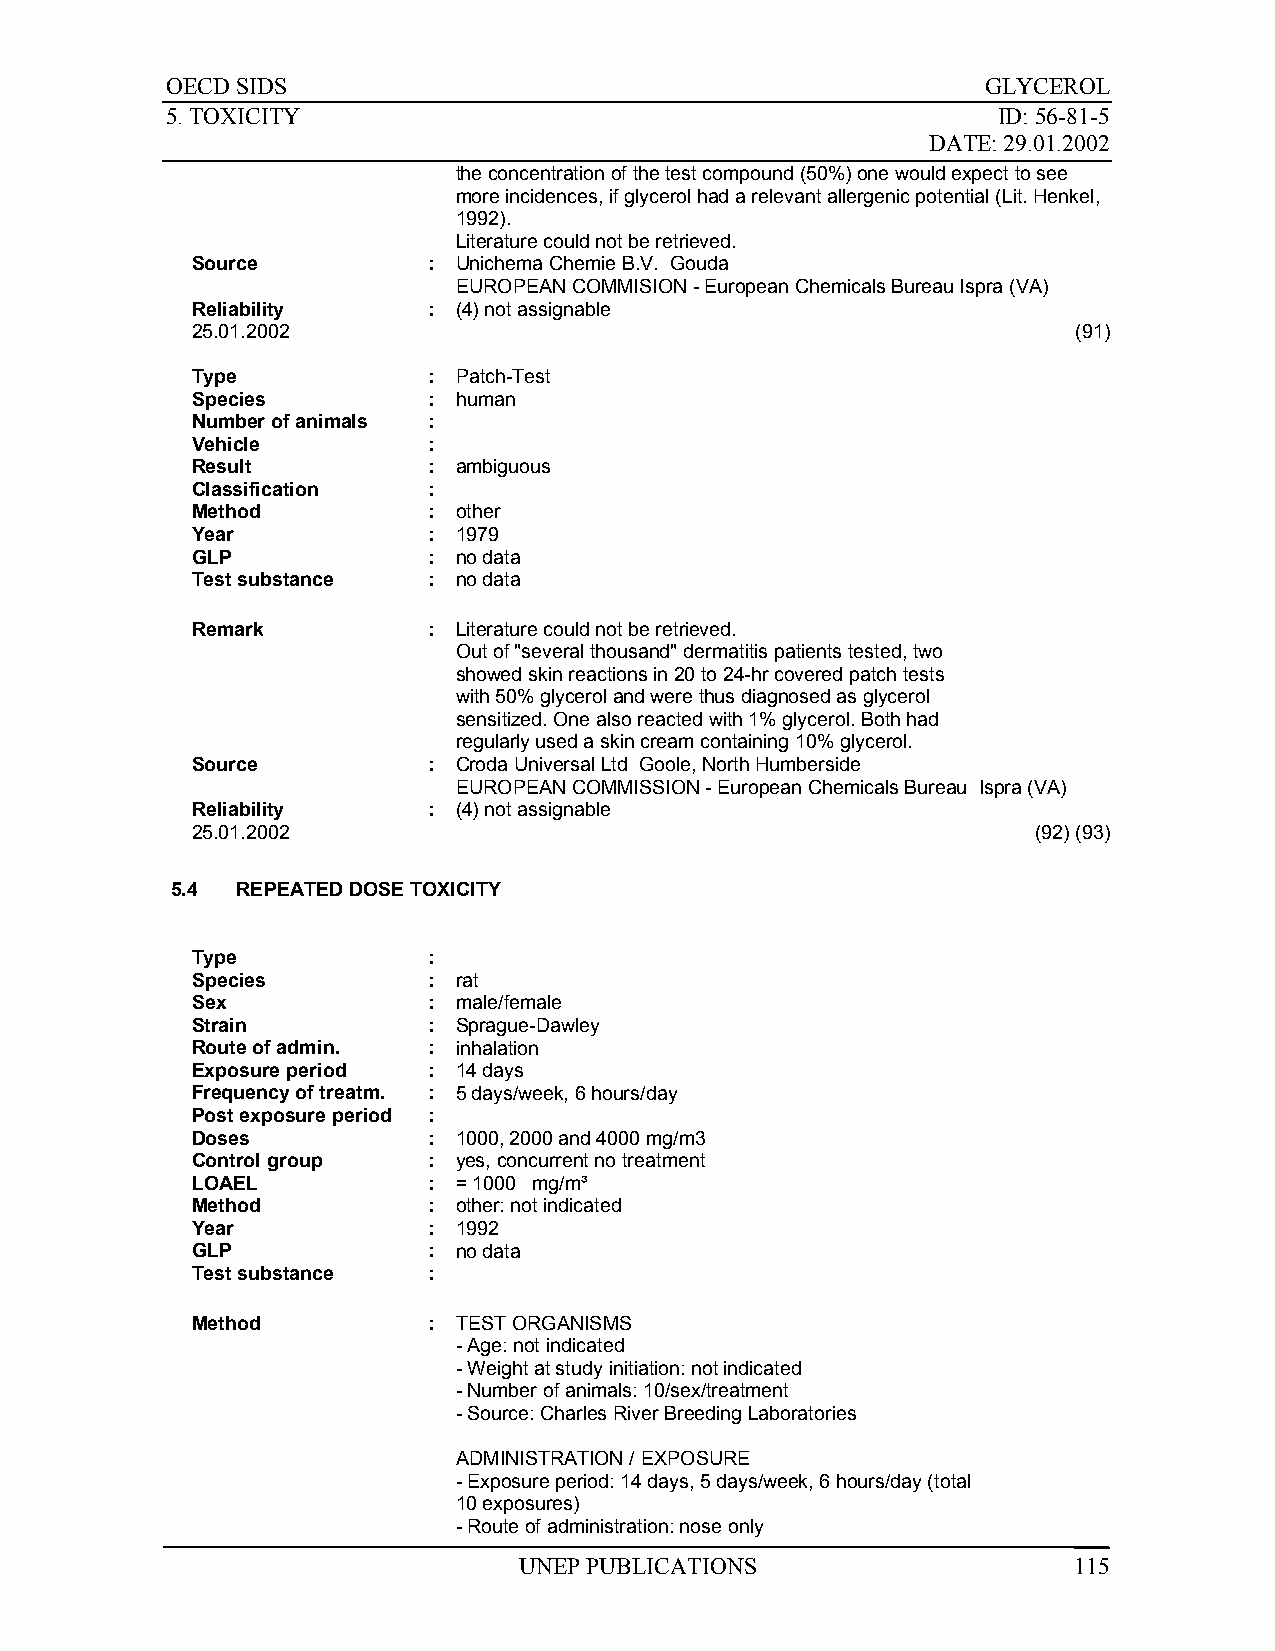
OECD SIDS                                             GLYCEROL
 5. TOXICITY                                            ID: 56-81-5
 DATE: 29.01.2002
 the concentration of the test compound (50%) one would expect to see
 more incidences, if glycerol had a relevant allergenic potential (Lit. Henkel,
 1992).
 Literature could not be retrieved.
 Source         : Unichema Chemie B.V. Gouda
 EUROPEAN COMMISION - European Chemicals Bureau Ispra (VA)
 Reliability    : (4) not assignable
 25.01.2002                                                (91)
 Type           : Patch-Test
 Species        : human
 Number of animals :
 Vehicle        :
 Result         : ambiguous
 Classification :
 Method         : other
 Year           : 1979
 GLP            : no data
 Test substance : no data
 Remark         : Literature could not be retrieved.
 Out of "several thousand" dermatitis patients tested, two
 showed skin reactions in 20 to 24-hr covered patch tests
 with 50% glycerol and were thus diagnosed as glycerol
 sensitized. One also reacted with 1% glycerol. Both had
 regularly used a skin cream containing 10% glycerol.
 Source         : Croda Universal Ltd Goole, North Humberside
 EUROPEAN COMMISSION - European Chemicals Bureau Ispra (VA)
 Reliability    : (4) not assignable
 25.01.2002                                              (92) (93)
 5.4  REPEATED DOSE TOXICITY
 Type           :
 Species        : rat
 Sex            : male/female
 Strain         : Sprague-Dawley
 Route of admin. : inhalation
 Exposure period : 14 days
 Frequency of treatm. : 5 days/week, 6 hours/day
 Post exposure period :
 Doses          : 1000, 2000 and 4000 mg/m3
 Control group  : yes, concurrent no treatment
 LOAEL          : = 1000 mg/m³
 Method         : other: not indicated
 Year           : 1992
 GLP            : no data
 Test substance :
 Method         : TEST ORGANISMS
 - Age: not indicated
 - Weight at study initiation: not indicated
 - Number of animals: 10/sex/treatment
 - Source: Charles River Breeding Laboratories
 ADMINISTRATION / EXPOSURE
 - Exposure period: 14 days, 5 days/week, 6 hours/day (total
 10 exposures)
 - Route of administration: nose only
 UNEP PUBLICATIONS                    115